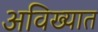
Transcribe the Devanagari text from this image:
अविख्यात